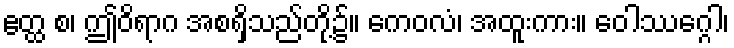
ဧတ္ထ စ၊ ဤဝိရာဂ အစရှိသည်တို့၌။ ကေဝလံ၊ အထူးကား။ ဝေါဿဂ္ဂေါ၊